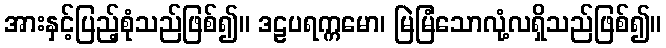
အားနှင့်ပြည့်စုံသည်ဖြစ်၍။ ဒဠပရက္ကမော၊ မြဲမြံသောလုံ့လရှိသည်ဖြစ်၍။